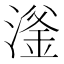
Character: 滏